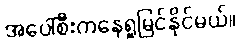
အပေါ်စီးကနေရှုမြင်နိုင်မယ်။